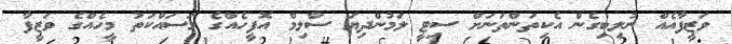
ވަޒީފާއެއް ނުލިބިގެން އެކިތަންތަނަށް ސިޓީ ލަމުންދިޔަ ސާލިމް އޮފީހެއްގެ މަސައްކަތު މީހެއްގެ ވަޒީފާ